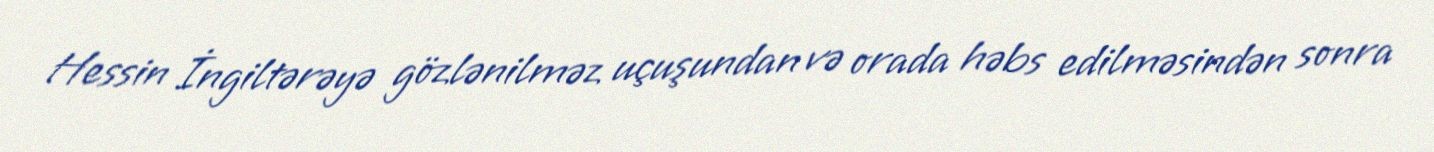
Hessin İngiltərəyə gözlənilməz uçuşundan və orada həbs edilməsindən sonra